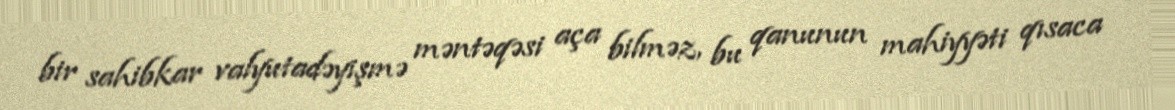
bir sahibkar valyutadəyişmə məntəqəsi aça bilməz, bu qanunun mahiyyəti qısaca